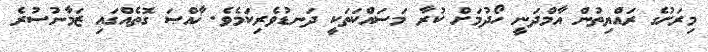
މިރަށުގެ ރައްޔިތުން އާމްދަނީ ހޯދުމަށް ކުރާ މަސައްކަތަކީ ދަނޑުވެރިކަމެވެ. ޚާއްޞަ ގޮތެއްގައި ޒަމާނުސުރެ